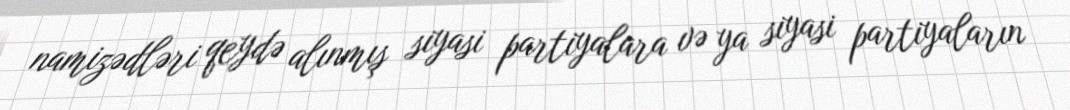
namizədləri qeydə alınmış siyasi partiyalara və ya siyasi partiyaların